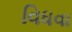
વિધવા